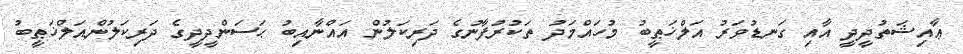
ޢާއިޝަތުދީދީ އާއި ގަނޑުވަރު އަލްޚަޠީބު މުހައްމަދު ތަކުރުފާނުގެ ދަރިކަލުން އައްނާއިބު ޙަސަންދީދީގެ ދަރިކަލުންއަލްޚަޠީބު